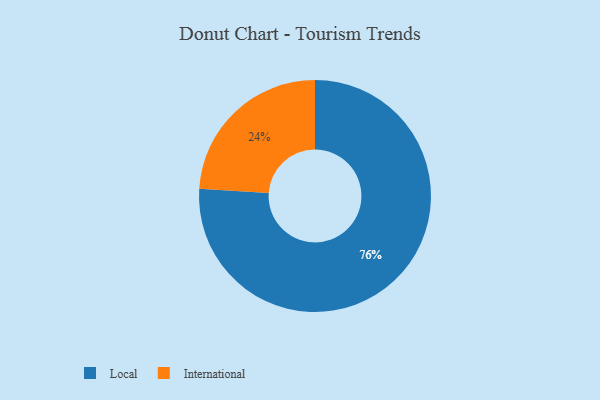
{"axis": {"x": "Category", "y": "Percentage"}, "legend": ["International", "Local"], "data": [{"x": "Local", "y": 76, "type": "Local"}, {"x": "International", "y": 24, "type": "International"}]}